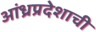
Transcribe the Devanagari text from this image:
आंध्रप्रदेशाची